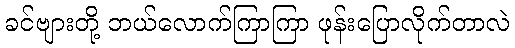
ခင်ဗျားတို့ ဘယ်လောက်ကြာကြာ ဖုန်းပြောလိုက်တာလဲ